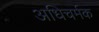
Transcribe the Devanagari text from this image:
अधिचर्मक